Problem: 3 × 9 = ?
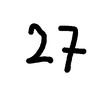
Handwritten answer: 27